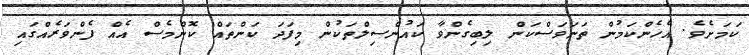
ކަމަށެވެ. އެހެންކަމުން ތަނަވަސްކަން ލިބިގެންވާ ކައުންސިލްތަކުން މިފަދަ ކަންތައް ކޮންމެސް އެއް ފެންވަރެއްގައި